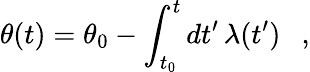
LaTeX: \theta(t)=\theta_{0}-\int_{t_{0}}^{t}dt^{\prime}\, \lambda(t^{\prime})\ \ \ ,